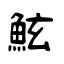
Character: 鮌